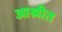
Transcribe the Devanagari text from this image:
आश्रीत